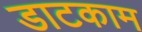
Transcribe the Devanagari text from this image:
डाटकाम